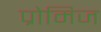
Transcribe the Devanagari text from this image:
प्रोमिज